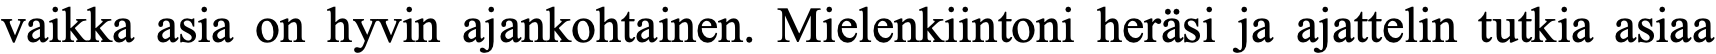
vaikka asia on hyvin ajankohtainen. Mielenkiintoni heräsi ja ajattelin tutkia asiaa